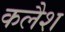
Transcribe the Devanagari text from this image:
कलैश